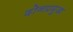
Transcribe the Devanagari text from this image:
दोनप्रमुख